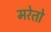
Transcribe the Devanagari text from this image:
मरेतो